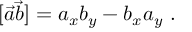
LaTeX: [ \vec { a } \vec { b } ] = a _ { x } b _ { y } - b _ { x } a _ { y } \ .